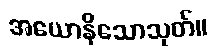
အယောနိသောသုတ်။